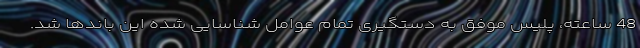
48 ساعته، پلیس موفق به دستگیری تمام عوامل شناسایی شده این باندها شد.